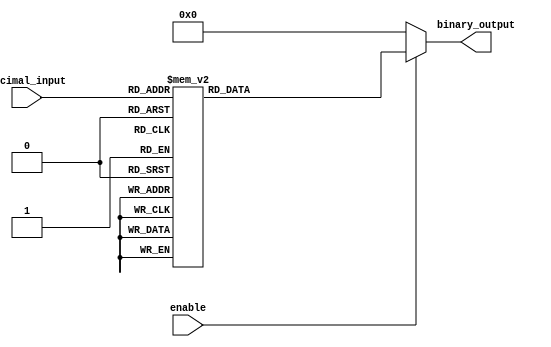
module DecimalToBinaryEncoder (
    input [3:0] decimal_input, // 4-bit decimal input
    input enable,              // Enable signal
    output reg [3:0] binary_output // 4-bit binary output
);

    always @(*) begin
        if (!enable) begin
            // If enable is low, output is set to default state (0000)
            binary_output = 4'b0000;
        end else begin
            // If enable is high, encode the decimal input
            case (decimal_input)
                4'b0000: binary_output = 4'b0000; // 0
                4'b0001: binary_output = 4'b0001; // 1
                4'b0010: binary_output = 4'b0010; // 2
                4'b0011: binary_output = 4'b0011; // 3
                4'b0100: binary_output = 4'b0100; // 4
                4'b0101: binary_output = 4'b0101; // 5
                4'b0110: binary_output = 4'b0110; // 6
                4'b0111: binary_output = 4'b0111; // 7
                4'b1000: binary_output = 4'b1000; // 8
                4'b1001: binary_output = 4'b1001; // 9
                default: binary_output = 4'b0000;  // Invalid input case
            endcase
        end
    end

endmodule